Bréfritari: Margrét Egilsdóttir
Viðtakandi: Daníel Halldórsson
Dagsetning: A-1903-07-03
Skrifað á: Patreksfirði  V-Barð.
Daníel var móðurbróðir Margrétar

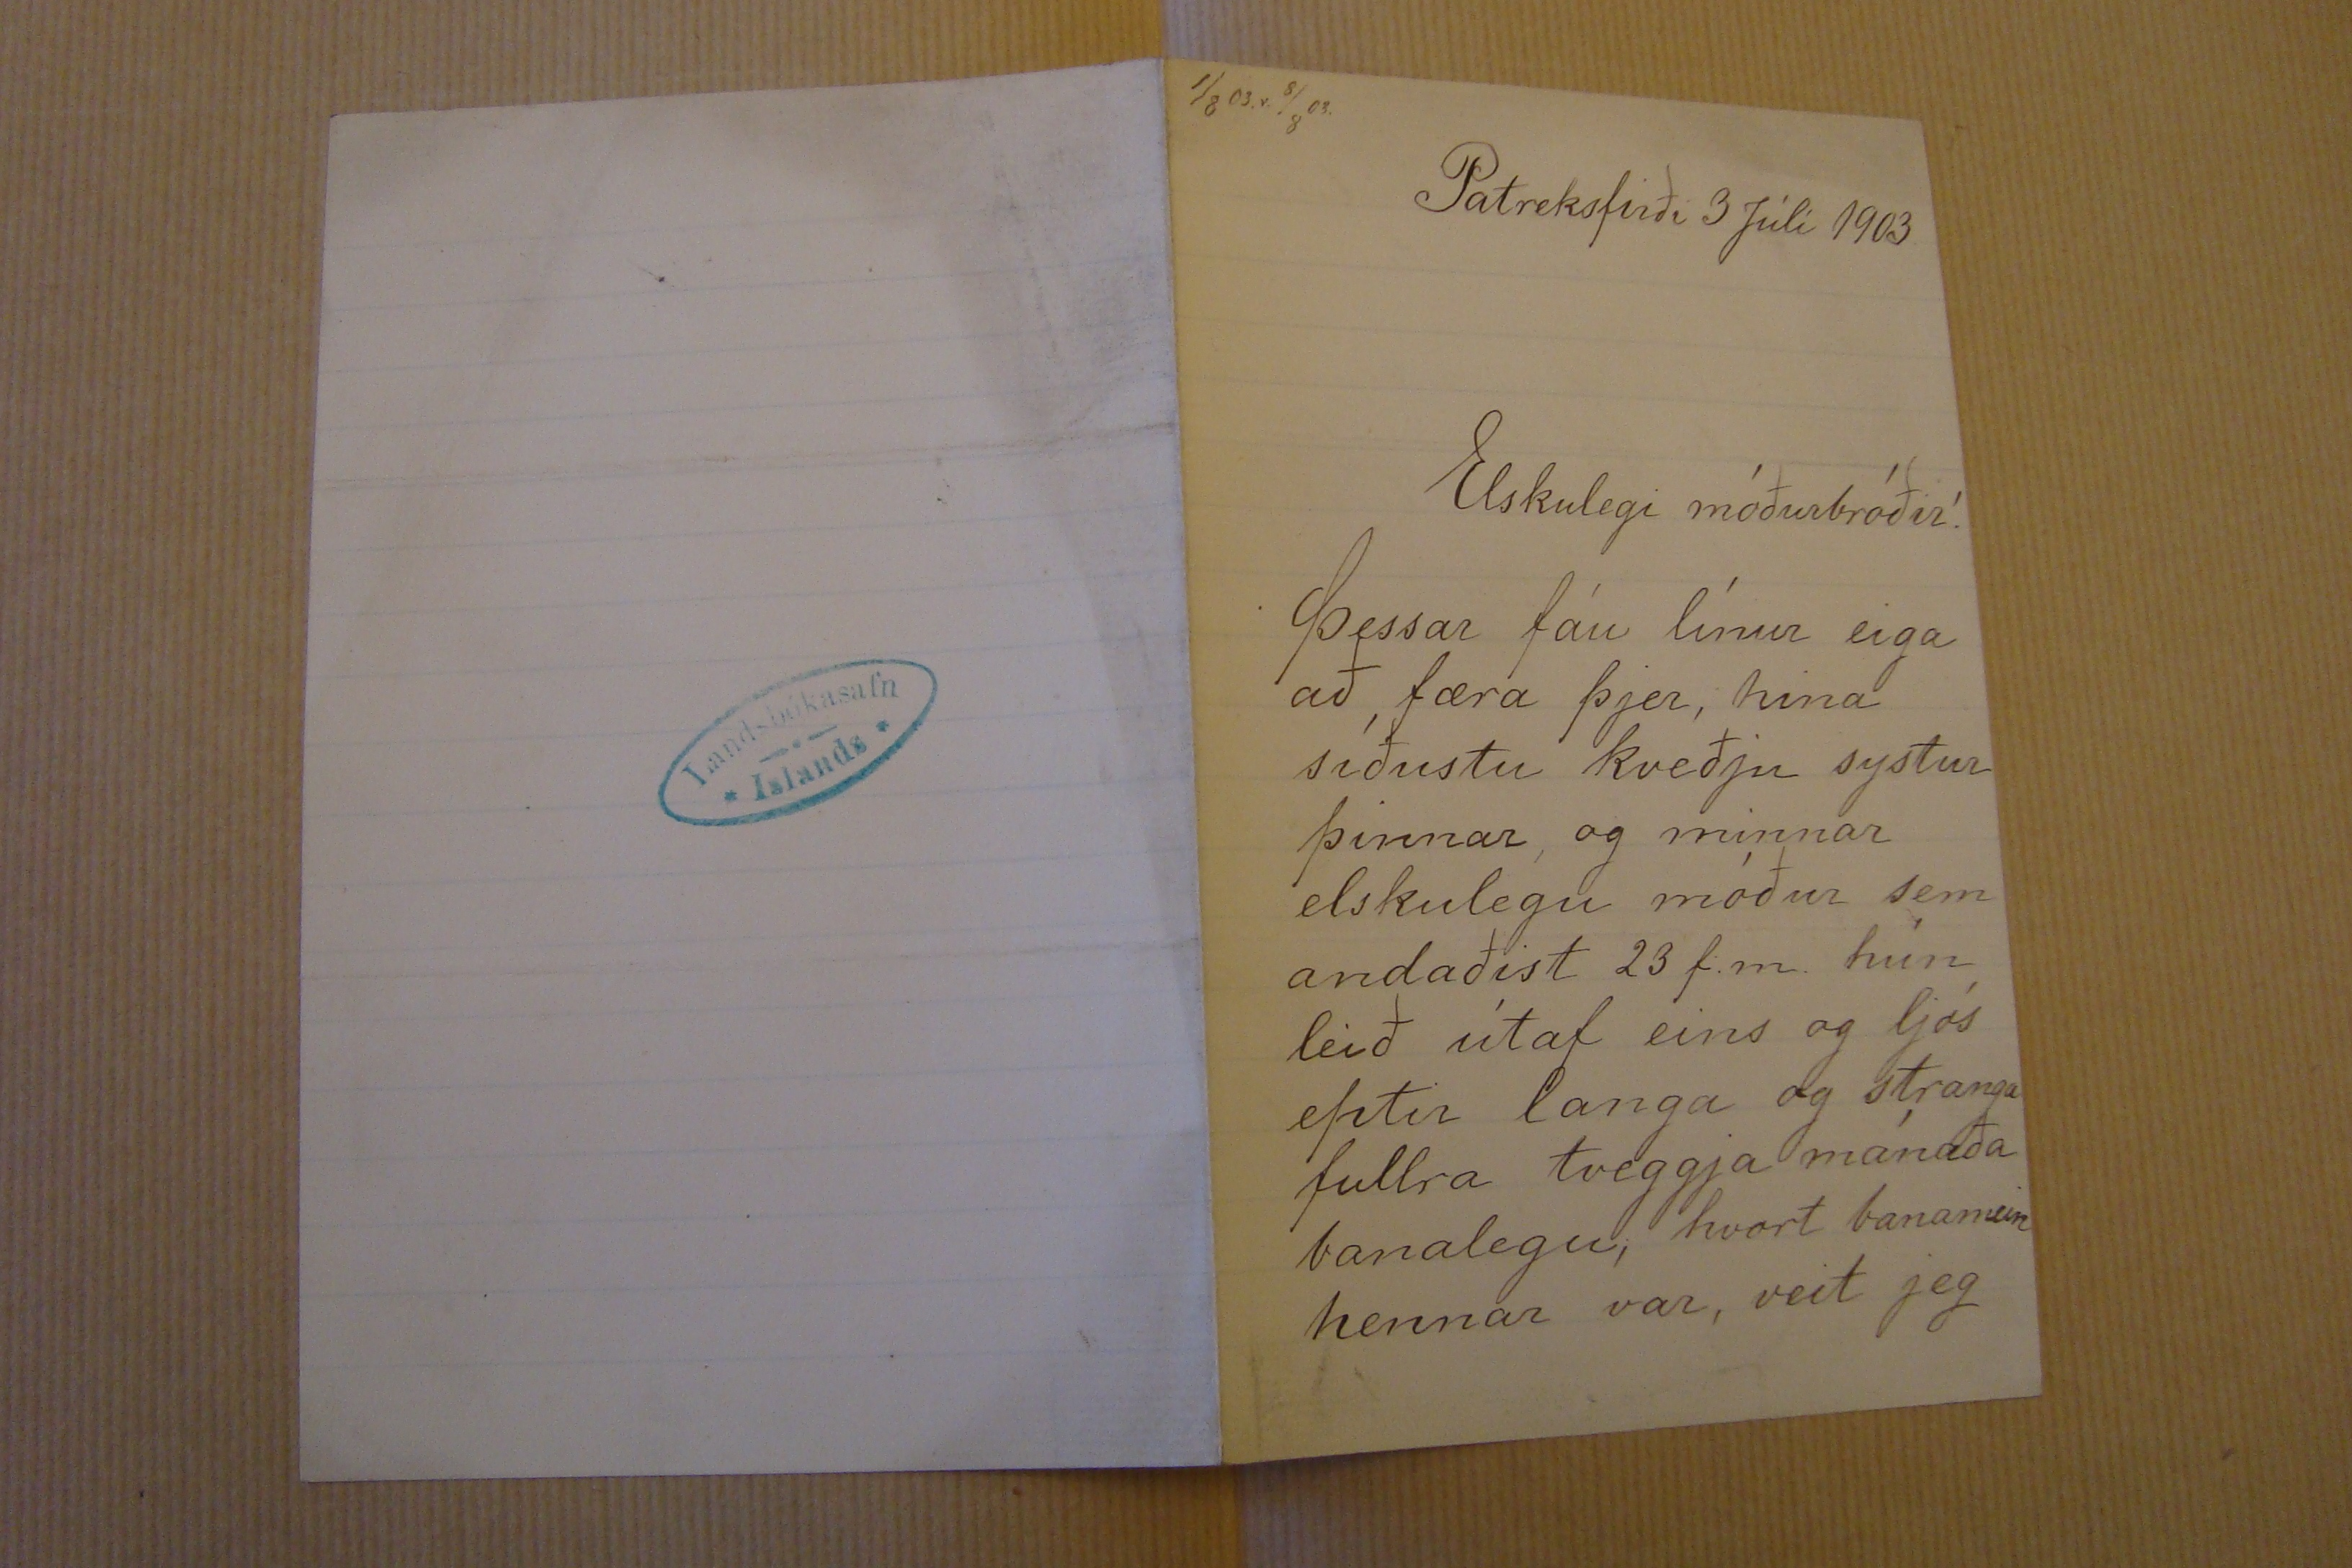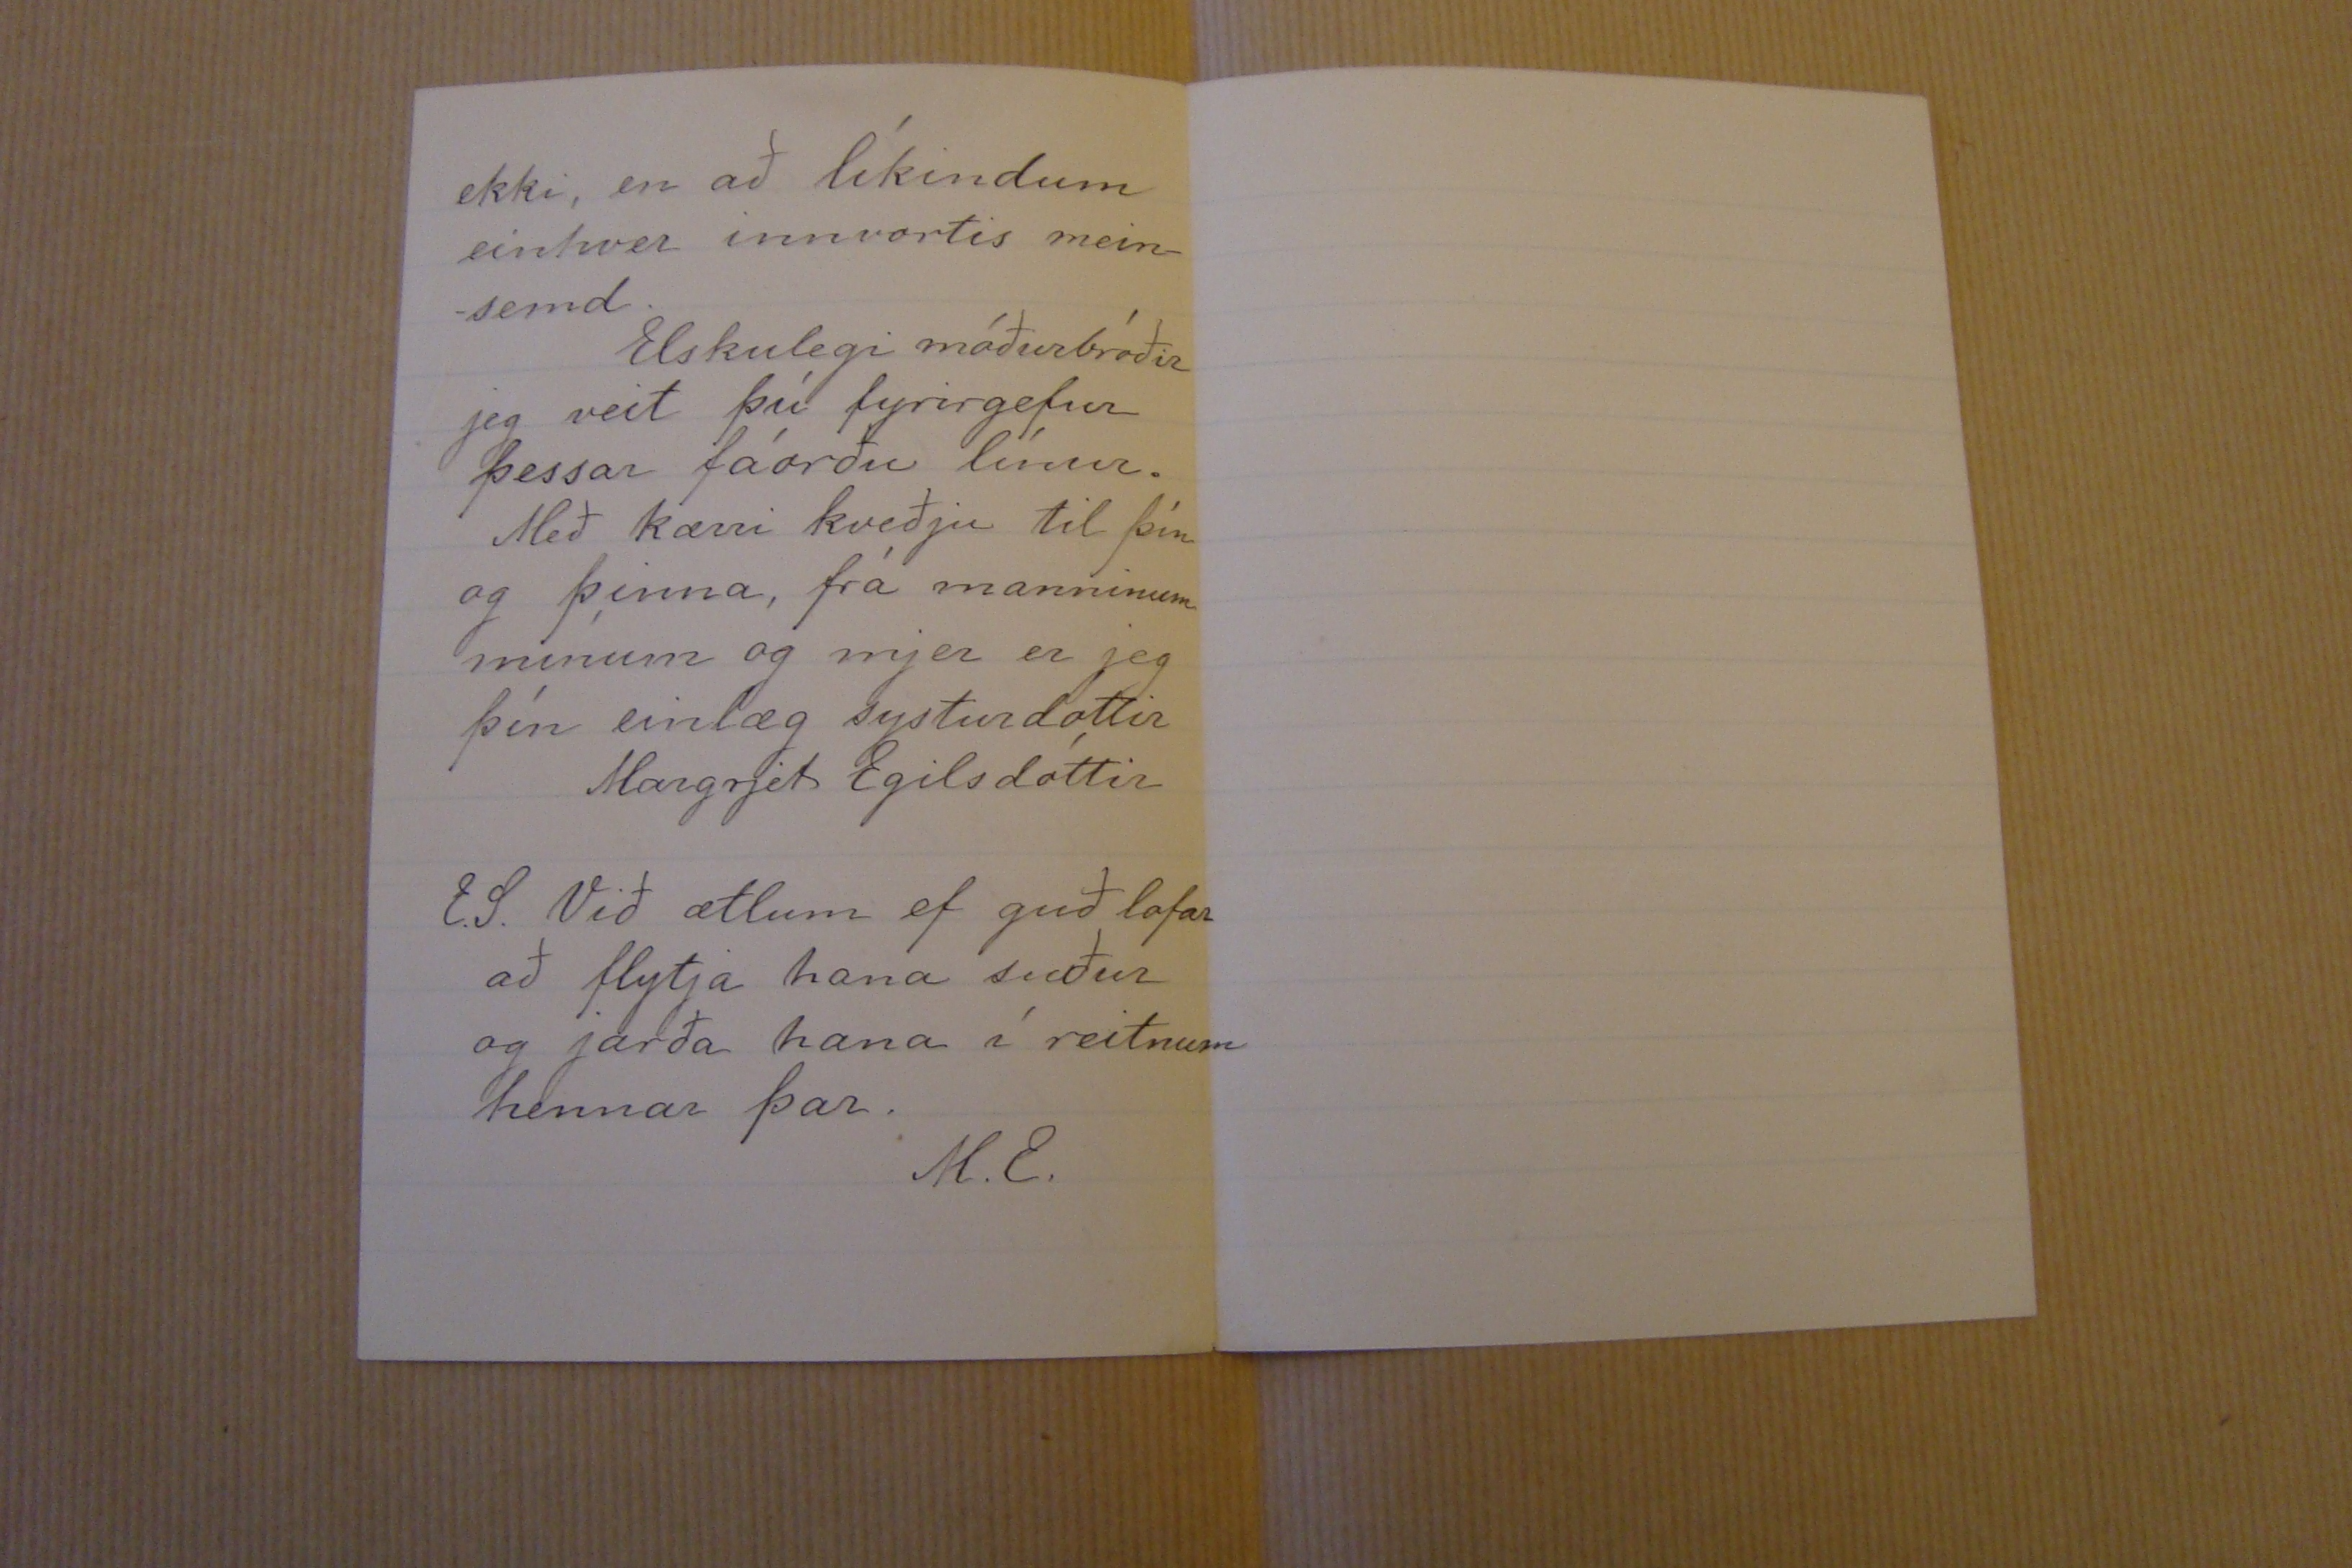

1/8 03. r. 8/8 03.
Patreksfirði 3 Júlí 1903
Elskulegi móðurbróðir!
Þessar fáu línur eiga að færa þjer, hina síðustu kveðju systur þinnar og minnar elskulegu móður sem andaðist 23 f.m. hún leið útaf eins og ljós eptir langa og stranga fullra tveggja mánaða banalegu; hvort banamein hennar var, veit jeg
ekki, en að líkindum einhver innvortis mein- -semd. Elskulegi móðurbróðir jeg veit þú fyrirgefur þessar fáorðu línur. Með kærri kveðju til þín og þeirra, frá manninum mínum og mjer er jeg þín einlæg systurdóttir
Margrjet Egilsdóttir
E.S. Við ætlum ef guð lofar að flytja hana suður og jarða hana í reitnum hennar þar.
M.E.